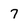
Character: 7